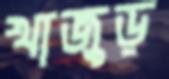
খাজুড়